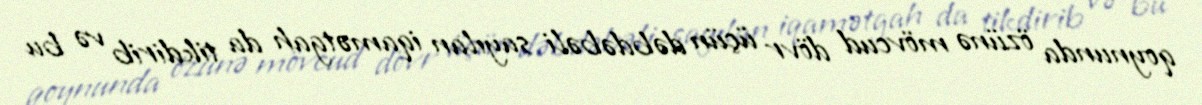
qoynunda özünə mövcud dövr üçün dəbdəbəli sayılan iqamətgah da tikdirib və bu